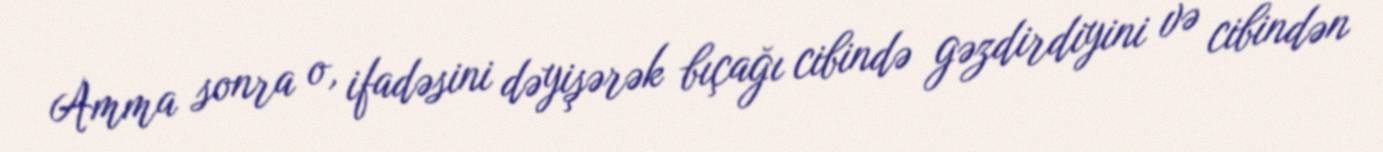
Amma sonra o, ifadəsini dəyişərək bıçağı cibində gəzdirdiyini və cibindən